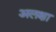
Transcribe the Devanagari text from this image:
अलक्षा